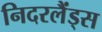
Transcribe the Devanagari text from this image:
निदरलैंड्स